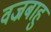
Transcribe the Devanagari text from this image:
वज्रबाहु